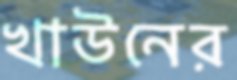
খাউনের